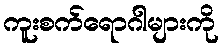
ကူးစက်ရောဂါများကို